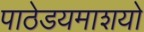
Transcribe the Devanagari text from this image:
पाठेडयमाशयो